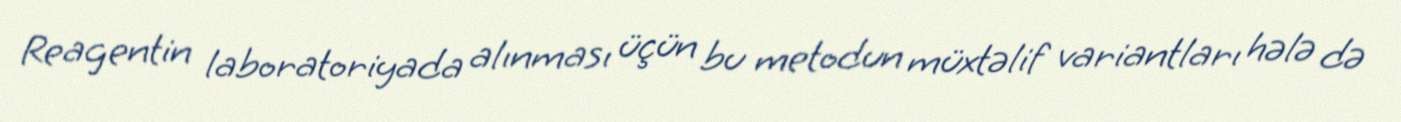
Reagentin laboratoriyada alınması üçün bu metodun müxtəlif variantları hələ də